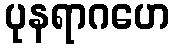
ပုနရာဂဟေ